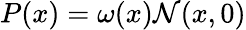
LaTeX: P(x)=\omega(x)\mathcal{N}(x,0)